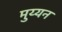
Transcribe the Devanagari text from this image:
मुय्यन